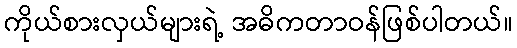
ကိုယ်စားလှယ်များရဲ့ အဓိကတာဝန်ဖြစ်ပါတယ်။